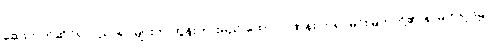
ဆေးဘက်ဆိုင်ရာပညာရှင်များက ထွန်းကားမည် ထောင်ဂဏန်း ဘုရင်မင်းမြတ်တို့၏ နာမ်တရား၌